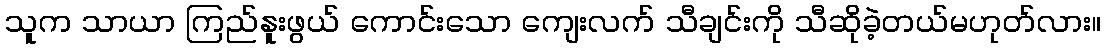
သူက သာယာ ကြည်နူးဖွယ် ကောင်းသော ကျေးလက် သီချင်းကို သီဆိုခဲ့တယ်မဟုတ်လား။